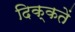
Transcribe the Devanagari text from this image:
दिक्‍कतें